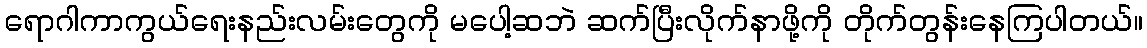
ရောဂါကာကွယ်ရေးနည်းလမ်းတွေကို မပေါ့ဆဘဲ ဆက်ပြီးလိုက်နာဖို့ကို တိုက်တွန်းနေကြပါတယ်။